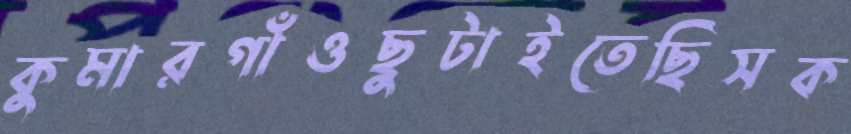
কুমারগাঁওছুটাইতেছিসক